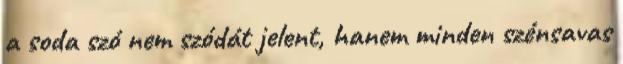
a soda szó nem szódát jelent, hanem minden szénsavas